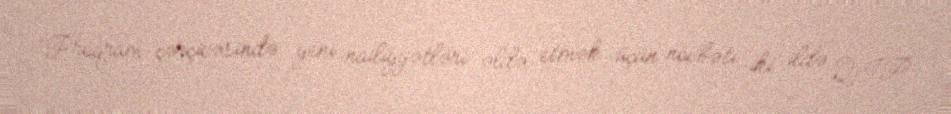
“Proqram çərçivəsində yeni nailiyyətləri əldə etmək üçün növbəti iki ildə QİP